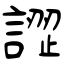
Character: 譅